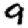
Digit: 9